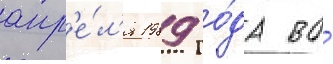
апр'е́л'я 1989 го́да во́